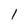
Character: l